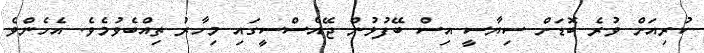
ކުރިއަށް ވުރެ ބޮޑަށް ސިޔާސީ އިސް ބޭފުޅުން ޖޭއެސްސީގައި މިހާރު ތިއްބެވުމެވެ. އެހެންވެ